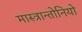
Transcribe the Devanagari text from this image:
मास्त्रान्तोनियो